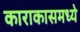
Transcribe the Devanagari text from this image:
काराकासमध्ये